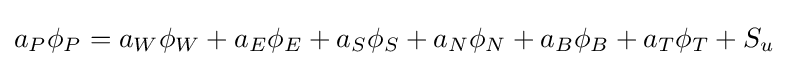
a_{P}\phi _{P}=a_{W}\phi _{W}+a_{E}\phi _{E}+a_{S}\phi _{S}+a_{N}\phi _{N}+a_{B}\phi _{B}+a_{T}\phi _{T}+S_{u}